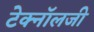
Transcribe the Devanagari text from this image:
टेक्‍नॉलजी